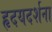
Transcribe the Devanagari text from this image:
हृदयदर्शना